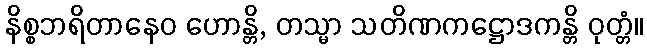
နိစ္စဘရိတာနေဝ ဟောန္တိ, တသ္မာ သတိဏကဋ္ဌောဒကန္တိ ဝုတ္တံ။